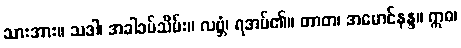
သားအား။ သဒါ၊ အခါခပ်သိမ်း။ လဗ္ဘံ၊ ရအပ်၏။ တာတ၊ အမောင်နန္ဒ။ ဣဓ၊